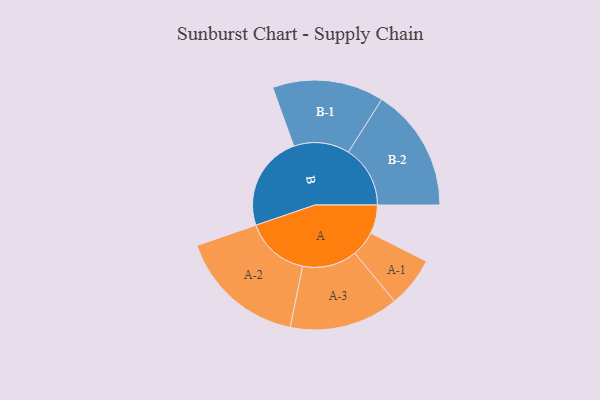
{"axis": {"x": "Segment", "y": "Value"}, "legend": ["", "A", "B"], "data": [{"x": "A", "y": 128, "type": ""}, {"x": "B", "y": 426, "type": ""}, {"x": "A-1", "y": 113, "type": "A"}, {"x": "A-2", "y": 285, "type": "A"}, {"x": "A-3", "y": 244, "type": "A"}, {"x": "B-1", "y": 249, "type": "B"}, {"x": "B-2", "y": 276, "type": "B"}]}